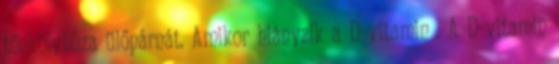
tönkölybúza ülőpárnát. Amikor hiányzik a D-vitamin . A D-vitamin